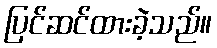
ပြင်ဆင်ထားခဲ့သည်။